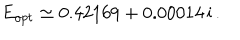
E _ { o p t } \simeq 0 . 4 2 1 6 9 + 0 . 0 0 0 1 4 \, \mathrm { i } \, .